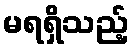
မရရှိသည့်